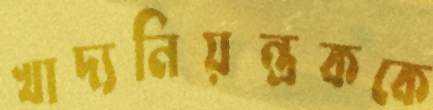
খাদ্যনিয়ন্ত্রককে